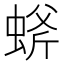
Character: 䗄